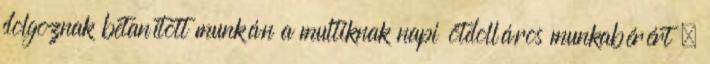
dolgoznak betanított munkán a multiknak napi ötdolláros munkabérért ,